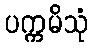
ပက္ကမိသုံ